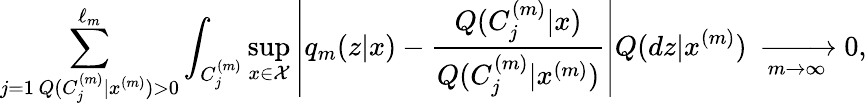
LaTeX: \sum_{\substack{j=1\, Q(C_{j}^{(m)}|x^{(m)})>0}}^{\ell_{m}}\int_{C_{j}^{(m)}}\operatorname*{sup}_{x\in\mathcal X}\left|q_{m}(z|x)-\frac{Q(C_{j}^{(m)}|x)}{Q(C_{j}^{(m)}|x^{(m)})}\right|Q(dz|x^{(m)})\; \xrightarrow[m\to\infty]\; 0,